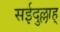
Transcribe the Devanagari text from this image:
सईदुल्लाह्